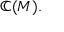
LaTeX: \mathbb { C } ( M ) .